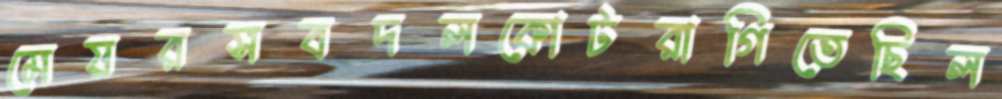
মেয়রসবদলকোটরাগিতেছিল